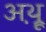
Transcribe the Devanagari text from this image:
अथ़्रू